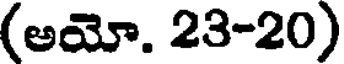
(అయో. 23-20)